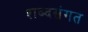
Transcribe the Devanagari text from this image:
शब्दसंगत